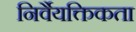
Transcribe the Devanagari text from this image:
निर्वैयक्तिकता